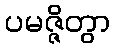
ပမဇ္ဇိတွာ